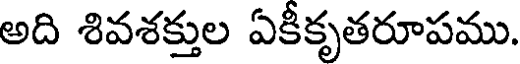
అది శివశక్తుల ఏకీకృతరూపము.